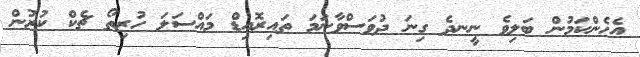
އެހެންކަމުން ބަލިވެ ނީނދެ ގިނަ ދުވަސްވާނަމަ ތައިރޮއިޑް މައްސަލަ ހުރިތޯ ޗެކް ކުރުން